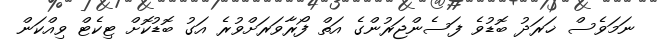
ނަމަވެސް ޚަރަދު ބޮޑުވެ ފަސެންޖަރުންގެ އަތް ފޯރާވަރަށްވުރެ އަގު ބޮޑުކޮށް ޓިކެޓް ވިއްކަން